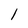
Character: l